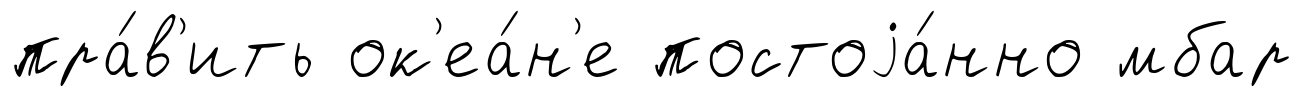
пра́в'ить ок'еа́н'е постоjа́нно мбар